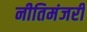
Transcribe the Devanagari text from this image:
नीतिमंजरी